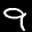
Label: 9